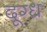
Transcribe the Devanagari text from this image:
दूग्ध